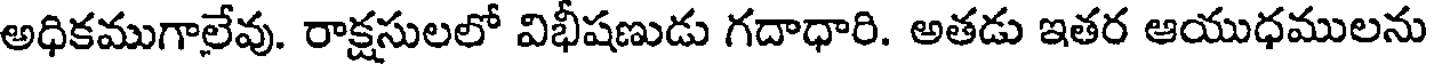
అధికముగాలేవు. రాక్షసులలో విభీషణుడు గదాధారి. అతడు ఇతర ఆయుధములను